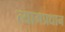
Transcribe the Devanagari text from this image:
त्यागप्रधान